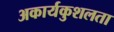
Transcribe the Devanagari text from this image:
अकार्यकुशलता